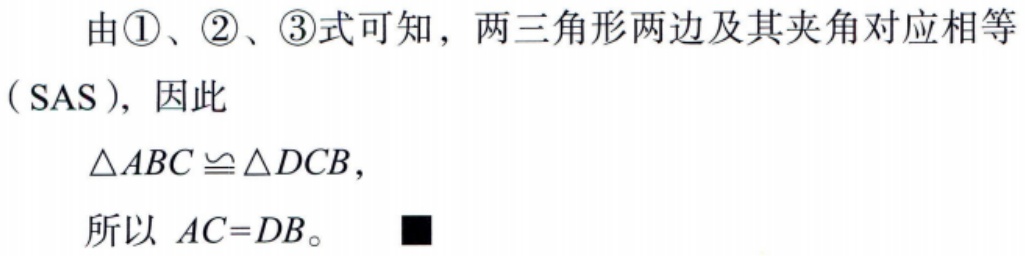
由\textcircled{1}、\textcircled{2}、\textcircled{3}式可知，两三角形两边及其夹角对应相等

（SAS），因此

\(\triangle ABC\cong\triangle DCB\)，

所以 \(AC = DB\)。■